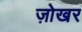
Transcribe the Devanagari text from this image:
ज़ोखर